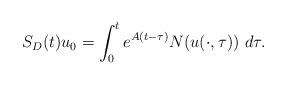
LaTeX: \begin{align*}S_{D}(t)u_{0}=\int_{0}^{t}e^{A(t-\tau)}N(u(\cdot,\tau))\ d\tau.\end{align*}